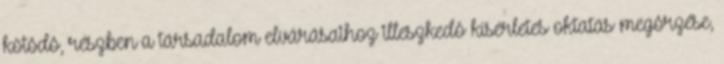
kötôdô, részben a társadalom elvárásaihoz illeszkedô kísérletes oktatás megôrzése,